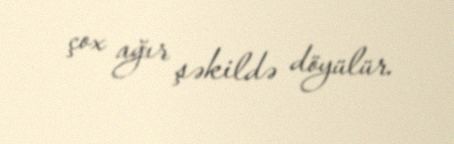
çox ağır şəkildə döyülür.